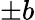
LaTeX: \pm b